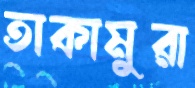
তাকামুরা